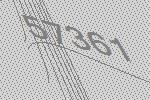
57361